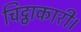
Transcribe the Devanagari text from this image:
चिट्ठाकारी।